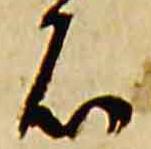
石